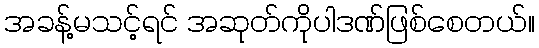
အခန့်မသင့်ရင် အဆုတ်ကိုပါဒဏ်ဖြစ်စေတယ်။